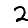
Digit: 2